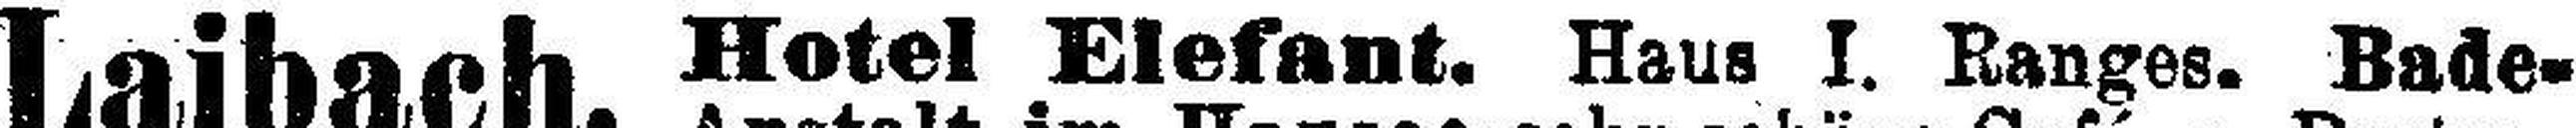
Hotel Elefant. Haus I. Ranges. Bade=